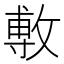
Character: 𢾭